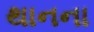
થાનના